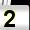
Digit: 2